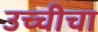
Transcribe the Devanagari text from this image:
उच्चीचा